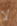
لا